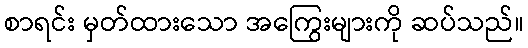
စာရင်း မှတ်ထားသော အကြွေးများကို ဆပ်သည်။